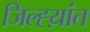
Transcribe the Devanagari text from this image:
जिल्ह्य़ांत